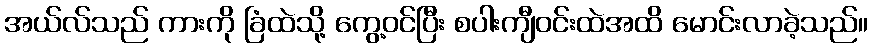
အယ်လ်သည် ကားကို ခြံထဲသို့ ကွေ့ဝင်ပြီး စပါးကျီဝင်းထဲအထိ မောင်းလာခဲ့သည်။